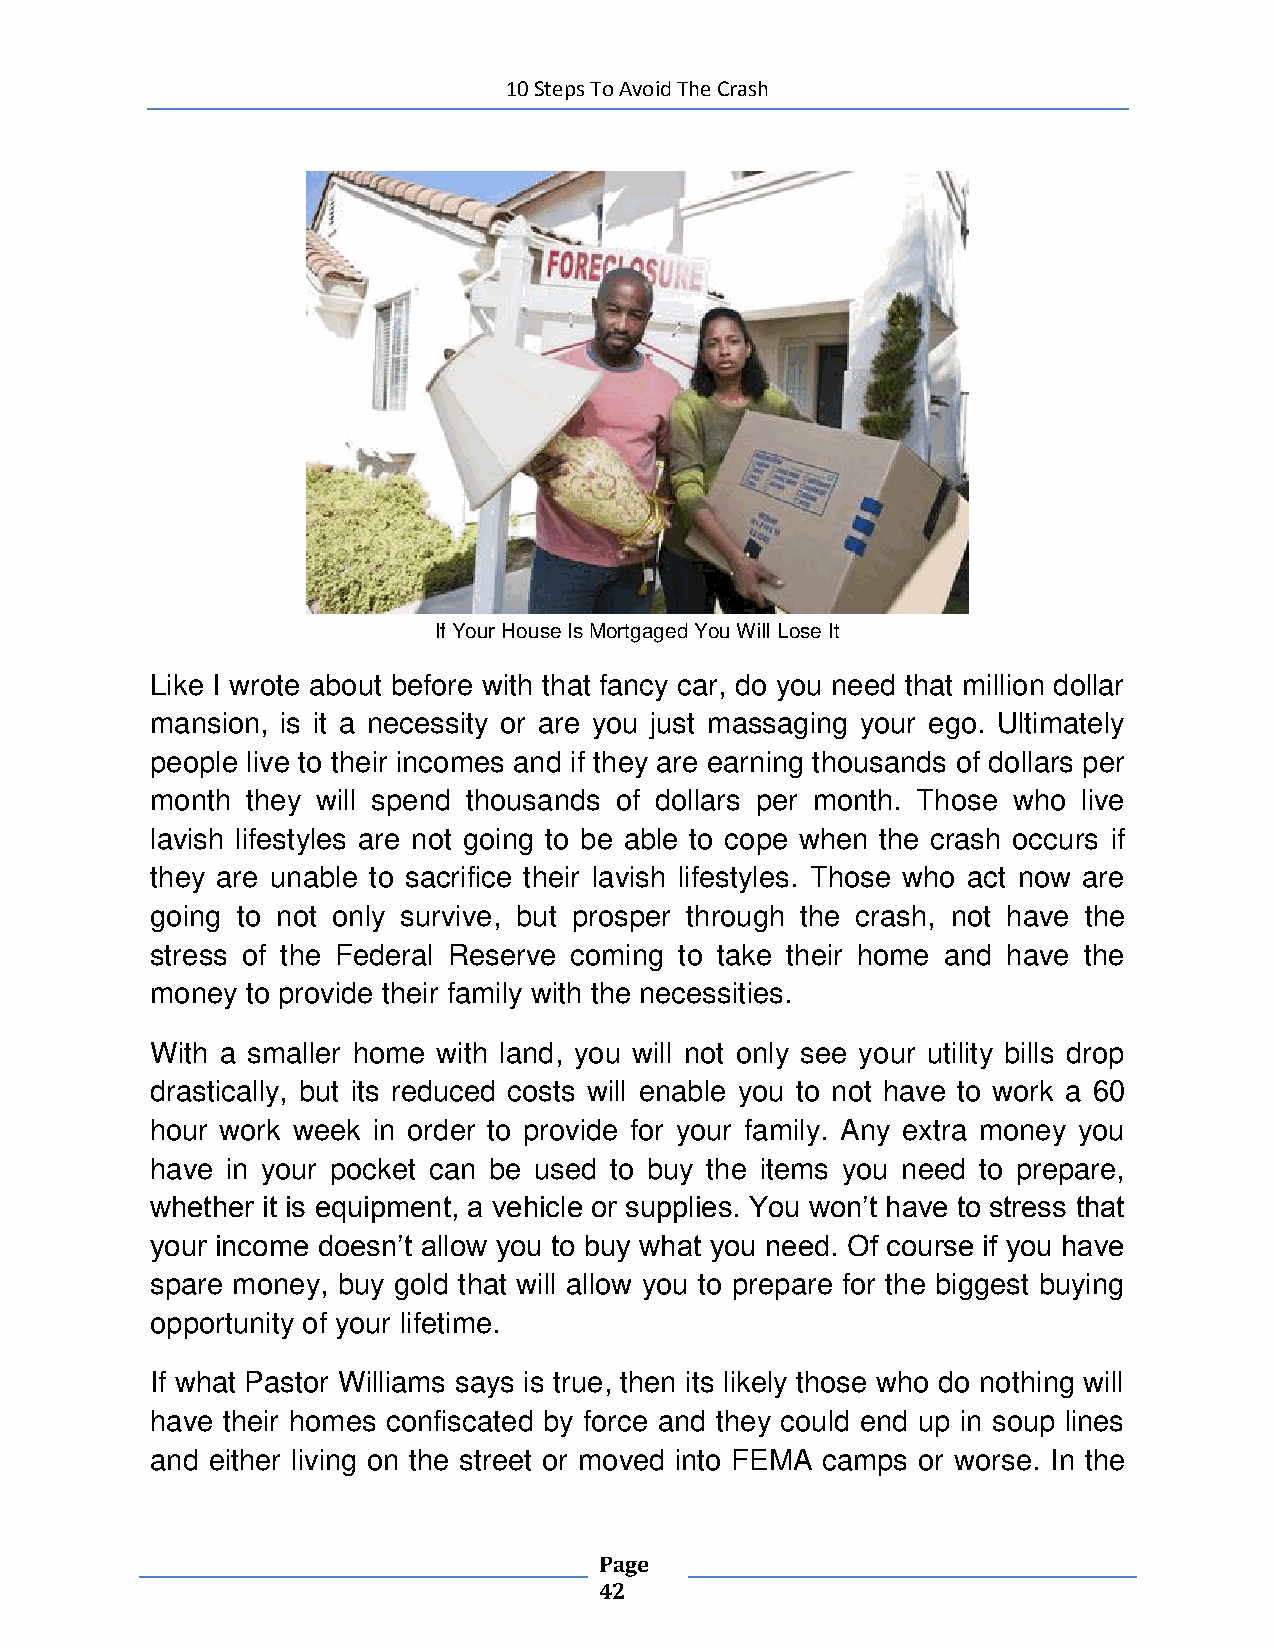
10 Steps To Avoid The Crash
 If Your House Is Mortgaged You Will Lose It
 Like I wrote about before with that fancy car, do you need that million dollar
 mansion, is it a necessity or are you just massaging your ego. Ultimately
 people live to their incomes and if they are earning thousands of dollars per
 month they will spend thousands of dollars per month. Those who live
 lavish lifestyles are not going to be able to cope when the crash occurs if
 they are unable to sacrifice their lavish lifestyles. Those who act now are
 going to not only survive, but prosper through the crash, not have the
 stress of the Federal Reserve coming to take their home and have the
 money to provide their family with the necessities.
 With a smaller home with land, you will not only see your utility bills drop
 drastically, but its reduced costs will enable you to not have to work a 60
 hour work week in order to provide for your family. Any extra money you
 have in your pocket can be used to buy the items you need to prepare,
 whether it is equipment, a vehicle or supplies. You won’t have to stress that
 your income doesn’t allow you to buy what you need. Of course if you have
 spare money, buy gold that will allow you to prepare for the biggest buying
 opportunity of your lifetime.
 If what Pastor Williams says is true, then its likely those who do nothing will
 have their homes confiscated by force and they could end up in soup lines
 and either living on the street or moved into FEMA camps or worse. In the
 Page
 42